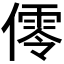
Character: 𠏡